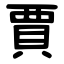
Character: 賈